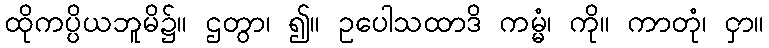
ထိုကပ္ပိယဘူမိ၌။ ဌတွာ၊ ၍။ ဥပေါသထာဒိ ကမ္မံ၊ ကို။ ကာတုံ၊ ငှာ။